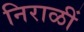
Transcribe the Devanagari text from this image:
निराळीं